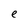
Character: e